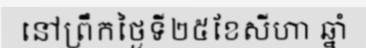
នៅព្រឹកថ្ងៃទី២៥ខែសីហា ឆ្នាំ